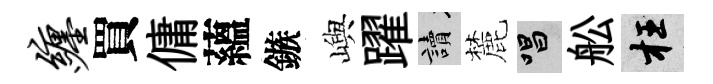
缠買傭蘊鏃嶼躍讀麓唱舩枉